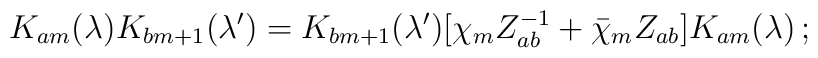
K _{am}(\lambda)K_{bm+1}(\lambda ^\prime)=K_{bm+1}(\lambda ^\prime)[\chi _m Z_{ab}^{-1}+\bar \chi _m Z_{ab}]K_{am}(\lambda )\, ;